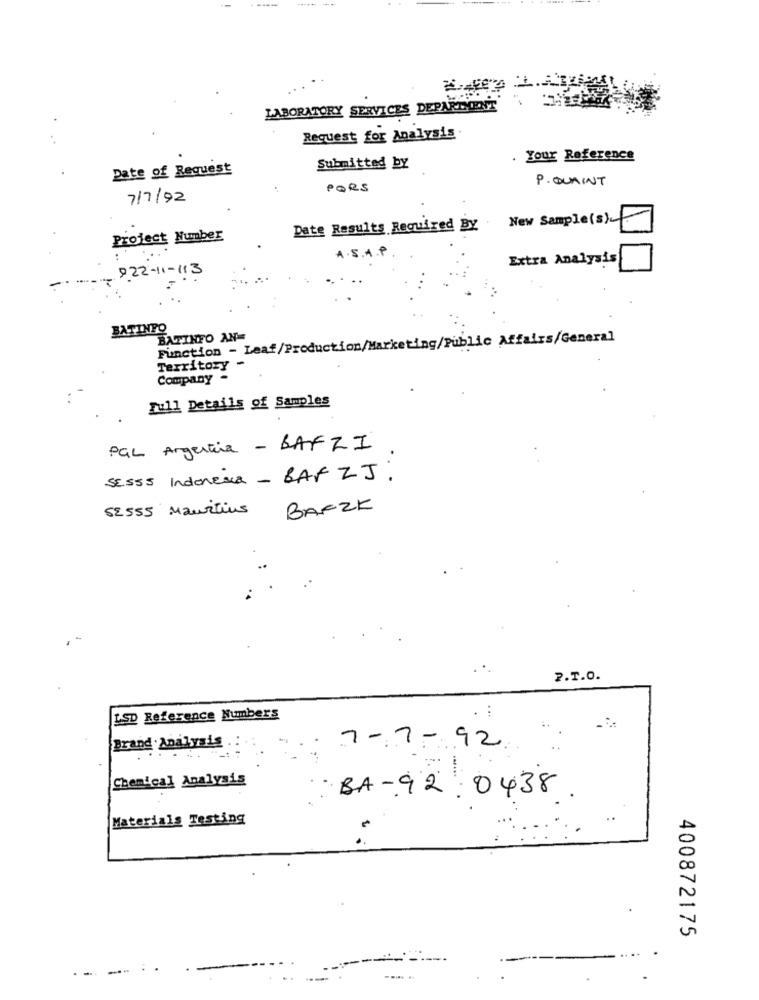
LABORATORY SERVICES DEPARTMENT
Request for Analysis
Your Reference
Date of Request
Submitted by
P. QUAINT
PORS
7/7/92
New Sample(s)
Date Results Required By .
Project Number
A . S.A.
Extra Analysis
922-11-113
BATINFO
BATINFO AN
Function - Leaf/Production/Marketing/Public Affairs/General
Territory
Company -
Full Details of Samples
PGL Argentina - BAF ZI
SESSS Indonesia - BAF ZJ:
52555 Mauritius
BARZK
2.7.0.
...
LSD Reference Numbers
Brand Analysis . :
7-7-92
.....
Chemical Analysis
BA-92 0438
Materials Testing
400872175